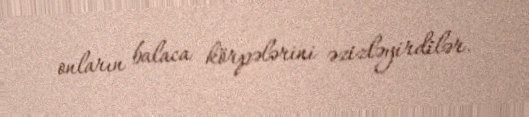
onların balaca körpələrini əzizləyirdilər.